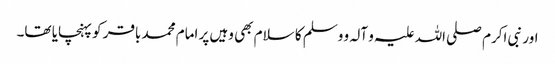
اور نبی اکرم صلی اللہ علیہ و آلہ و وسلم کا سلام بھی وہیں پر امام محمد باقر کو پہنچایا تھا۔